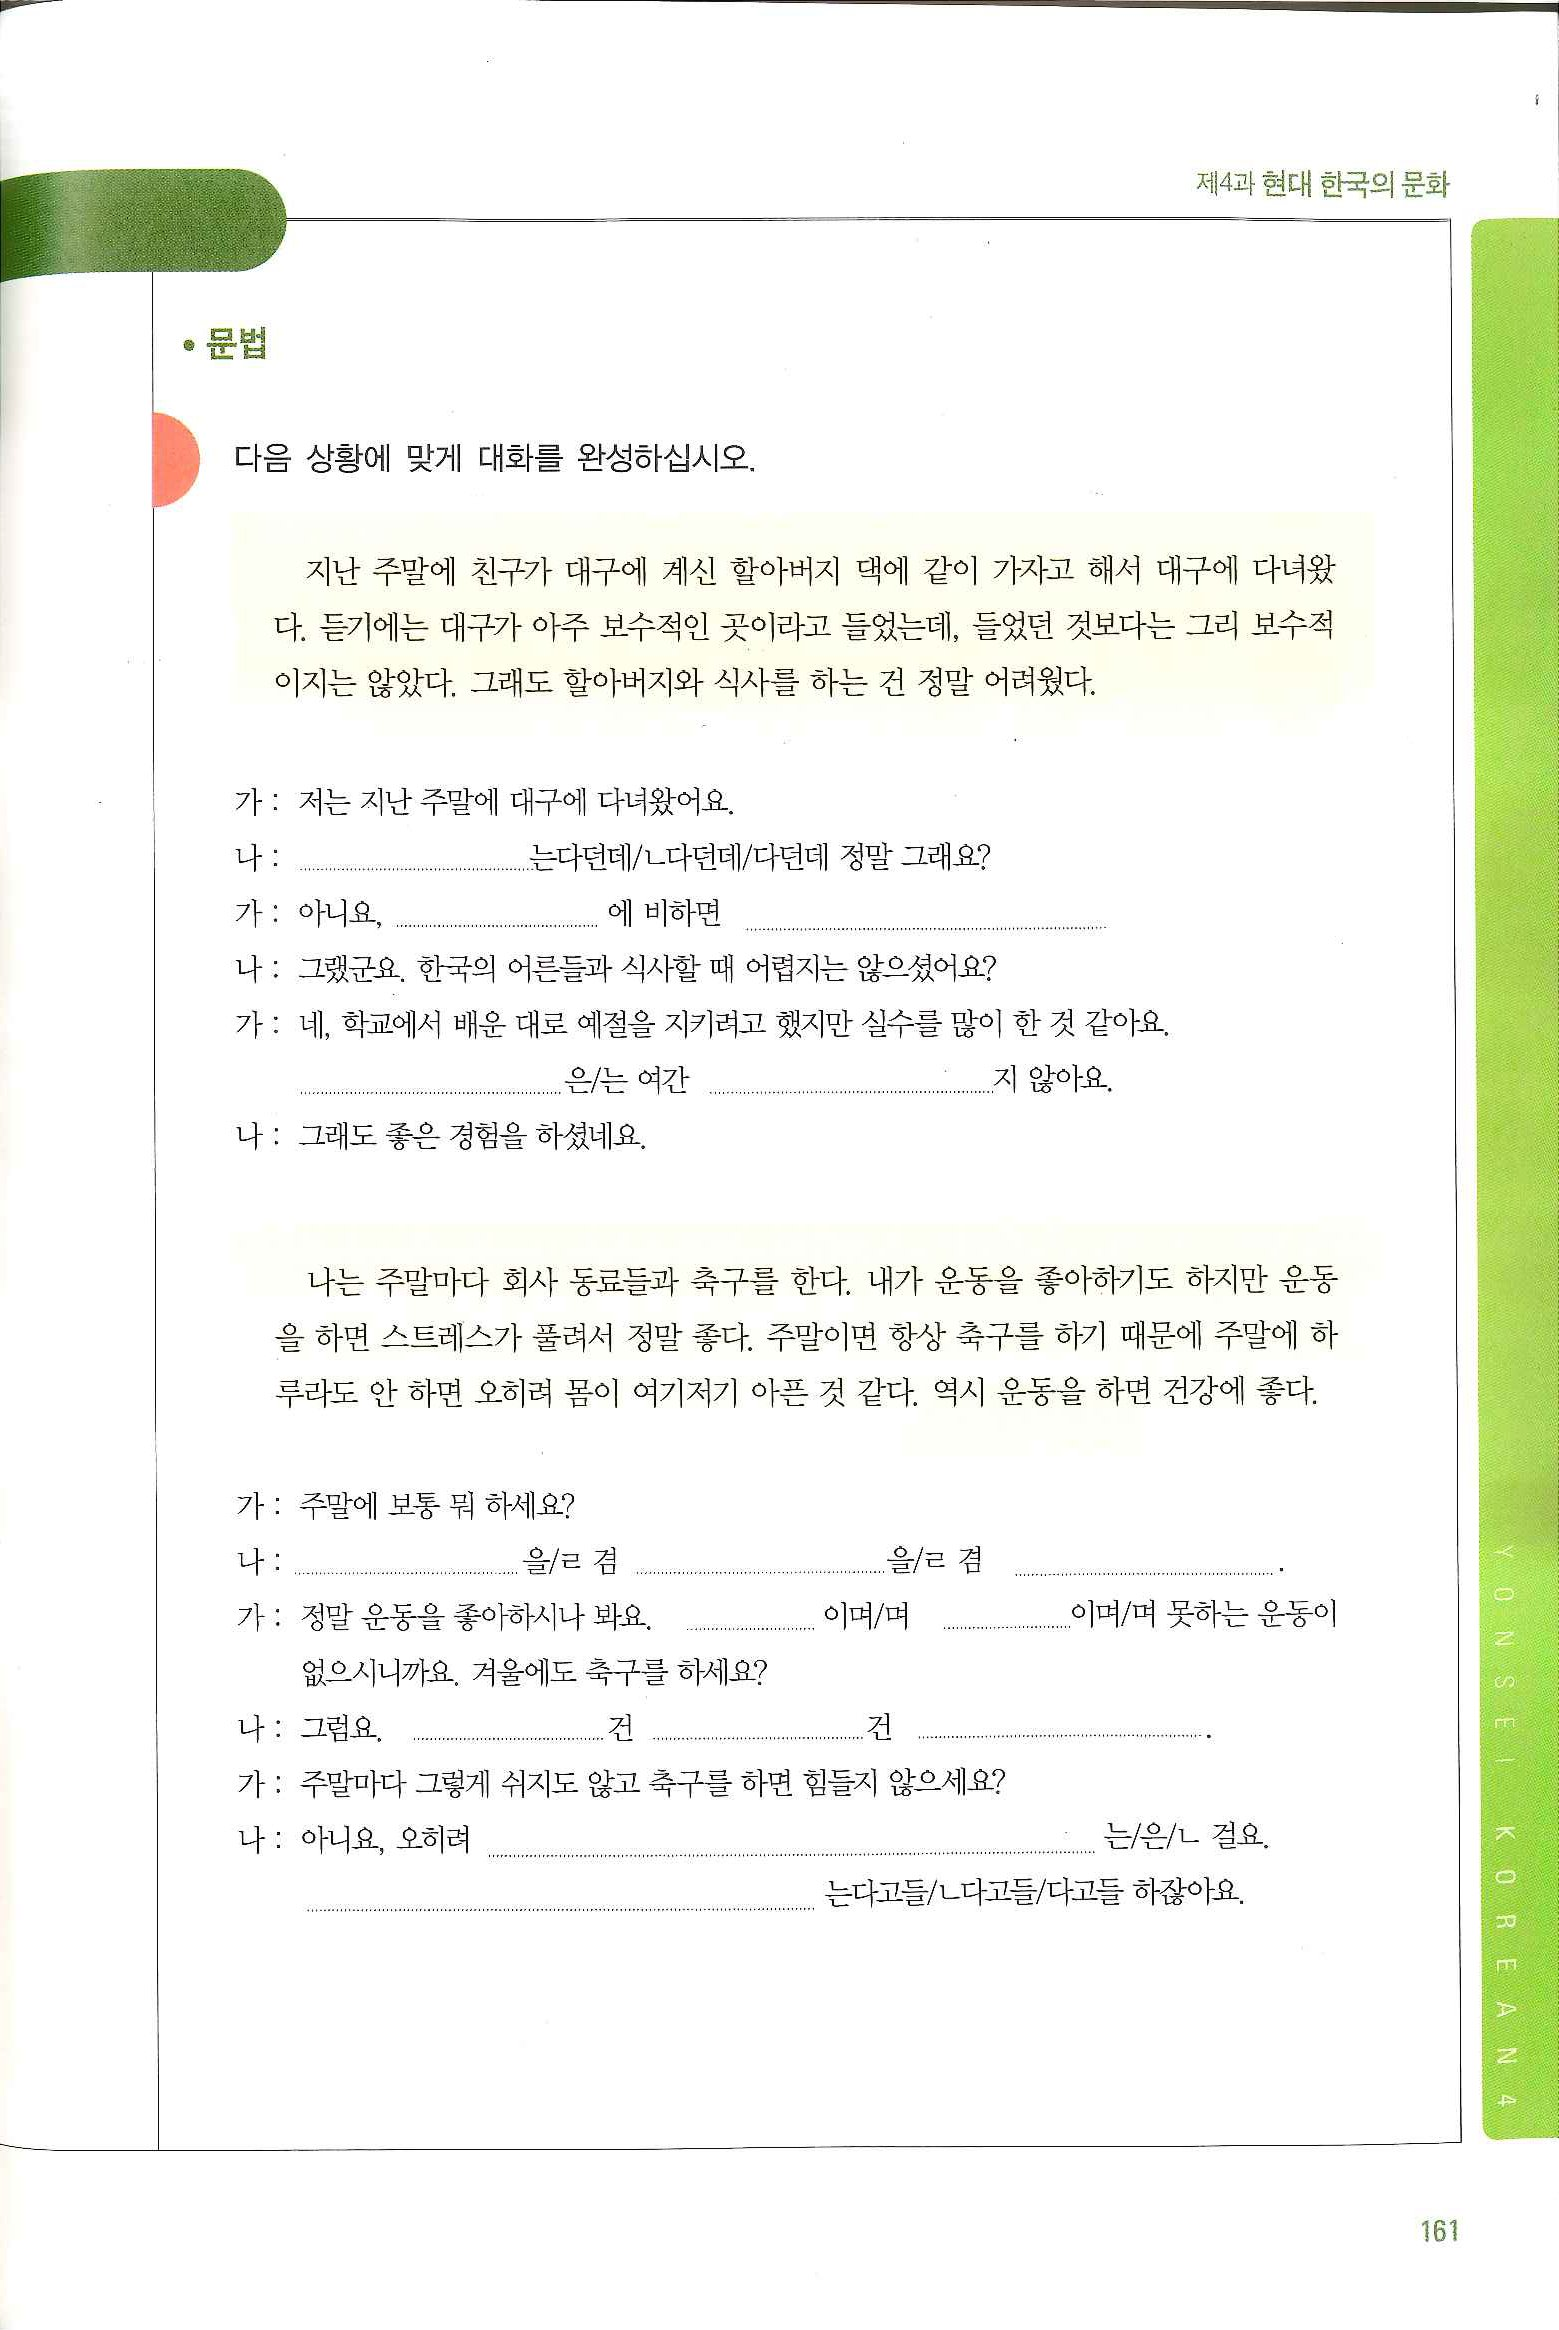
Language: ko